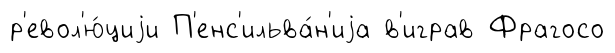
р'евол'ю́циjи П'енс'ильва́н'иjа в'играв Фрагосо